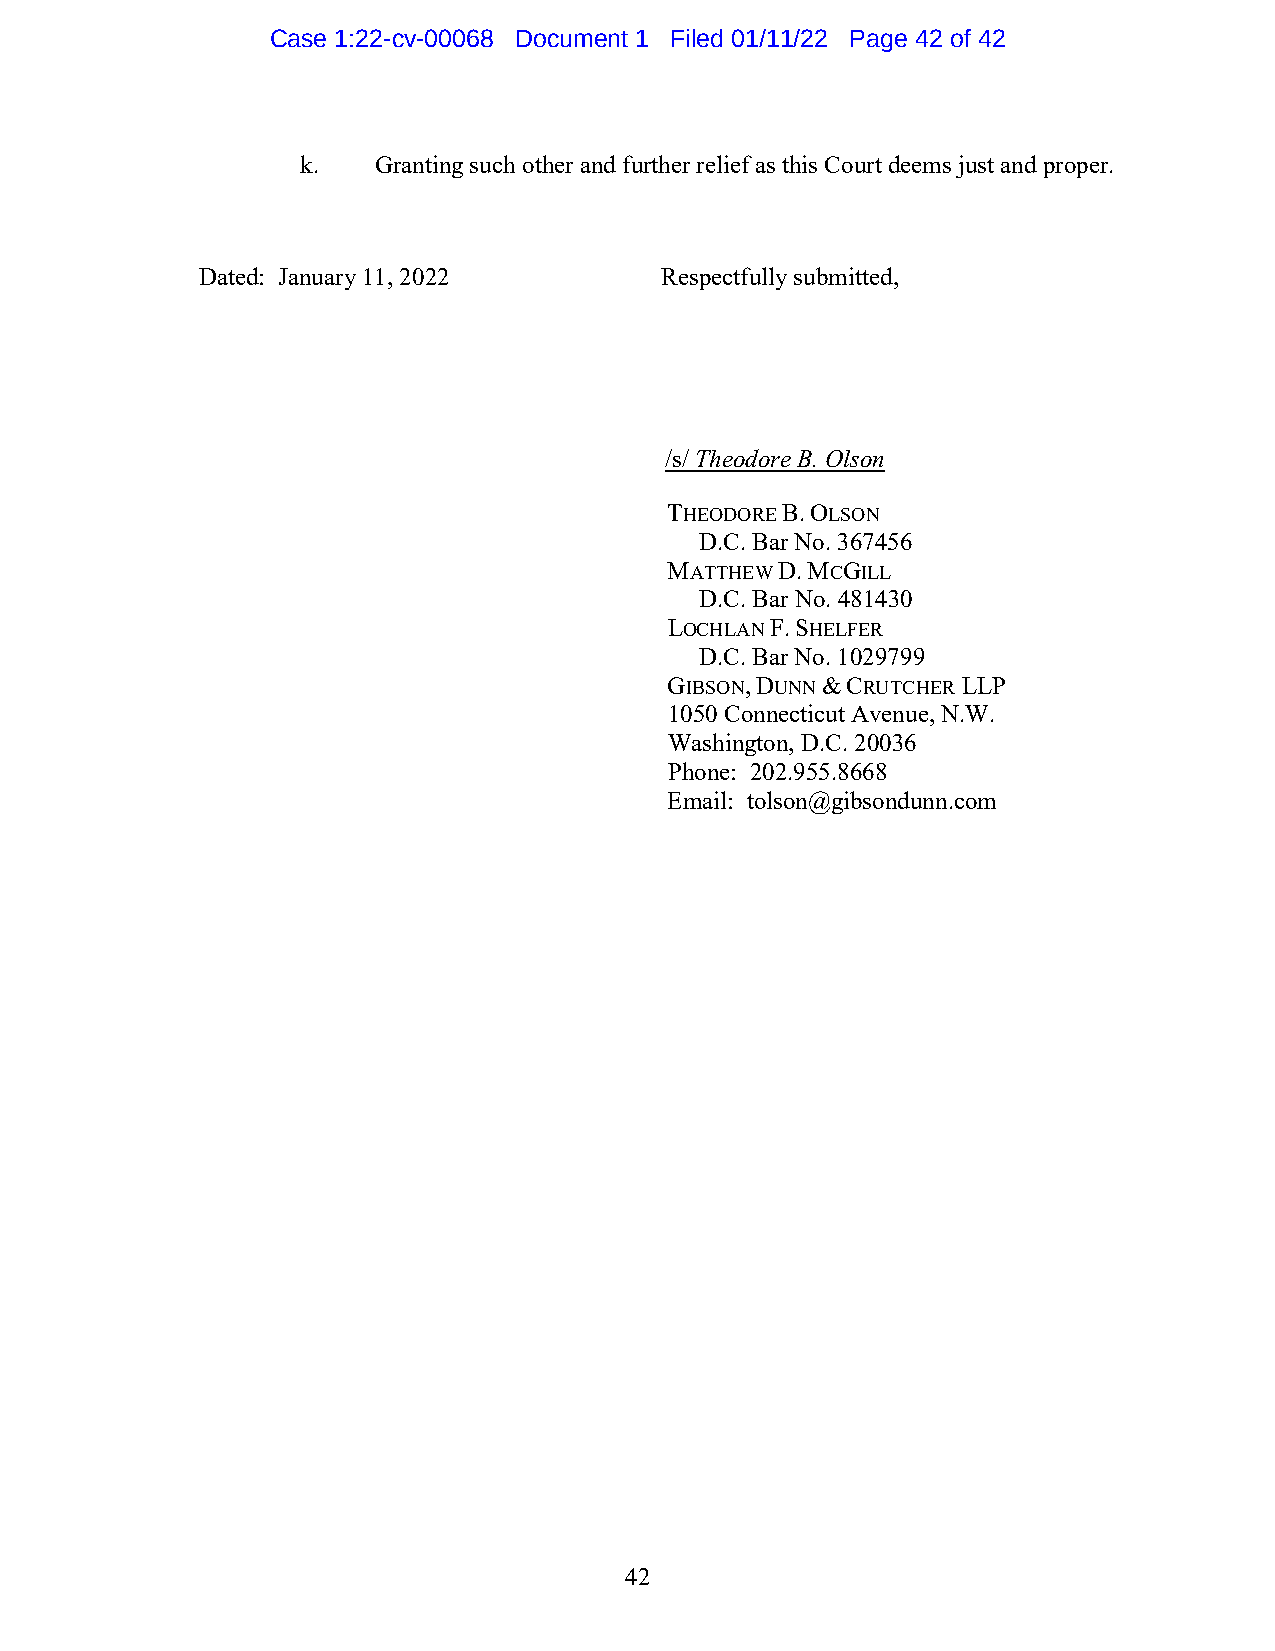
Case 1:22-cv-00068 Document 1 Filed 01/11/22 Page 42 of 42
 k.   Granting such other and further relief as this Court deems just and proper.
 Dated: January 11, 2022        Respectfully submitted,
 /s/ Theodore B. Olson
 THEODORE B. OLSON
 D.C. Bar No. 367456
 MATTHEW D. MCGILL
 D.C. Bar No. 481430
 LOCHLAN F. SHELFER
 D.C. Bar No. 1029799
 GIBSON, DUNN & CRUTCHER LLP
 1050 Connecticut Avenue, N.W.
 Washington, D.C. 20036
 Phone: 202.955.8668
 Email: tolson@gibsondunn.com
 42